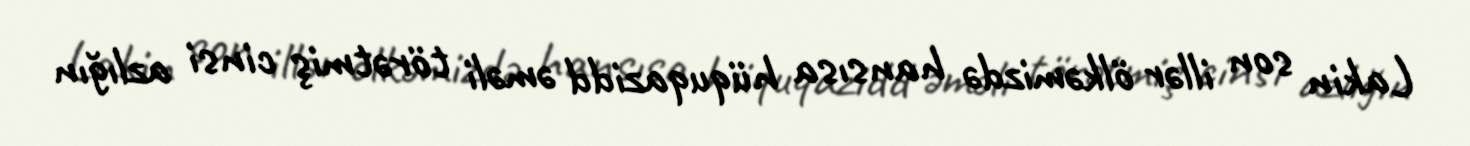
Lakin son illər ölkəmizdə hansısa hüquqazidd əməli törətmiş cinsi azlığın